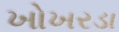
ખોખરડા